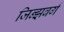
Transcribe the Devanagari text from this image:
जिन्झबर्ग